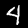
Digit: 4